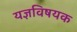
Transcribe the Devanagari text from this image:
यज्ञविषयक